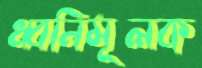
ধ্বনিমূলক